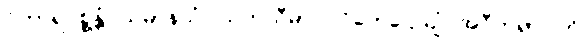
ဝိဟာရပစ္စန္တံ သမာနသံဝါသကသီမာဝ ဝိဟေဌေယျုံ အဝီတရာဂါတိ